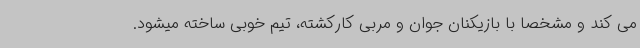
می کند و مشخصا با بازیکنان جوان و مربی کارکشته، تیم خوبی ساخته میشود.